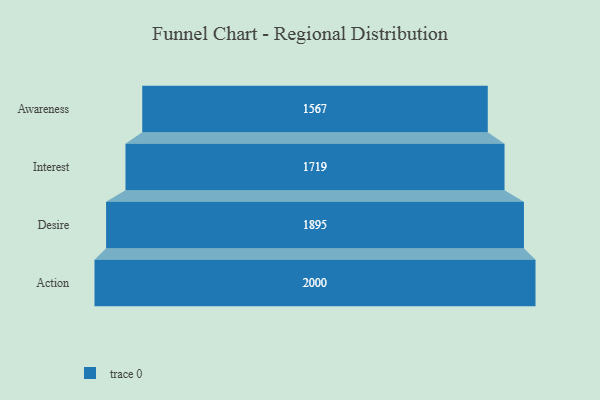
{"axis": {"x": "Stage", "y": "Value"}, "legend": [""], "data": [{"x": "Awareness", "y": 1567.0, "type": ""}, {"x": "Interest", "y": 1719.0, "type": ""}, {"x": "Desire", "y": 1895.0, "type": ""}, {"x": "Action", "y": 2000, "type": ""}]}